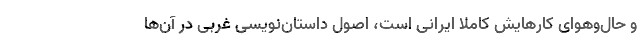
و حال‌وهوای کارهایش کاملا ایرانی است، اصول داستان‌نویسی غربی در آن‌ها